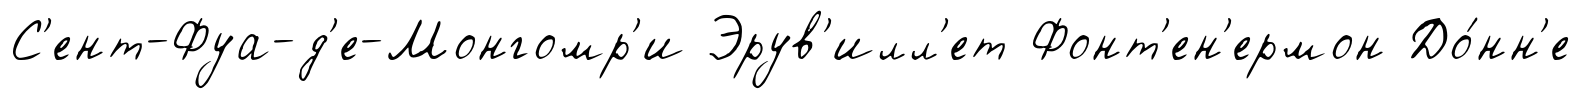
С'ент-Фуа-д'е-Монгомр'и Эрув'илл'ет Фонт'ен'ермон До́нн'е